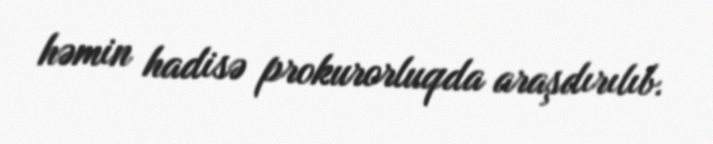
həmin hadisə prokurorluqda araşdırılıb.